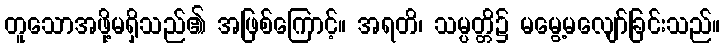
တူသောအဖို့မရှိသည်၏ အဖြစ်ကြောင့်။ အရတိ၊ သမ္ပတ္တိ၌ မမွေ့မလျော်ခြင်းသည်။